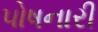
પોષનારી